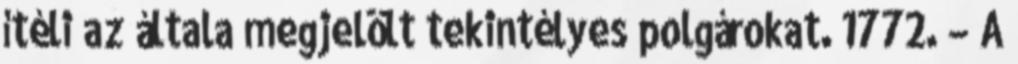
ítéli az általa megjelölt tekintélyes polgárokat. 1772. – A